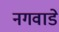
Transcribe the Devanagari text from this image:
नगवाडे